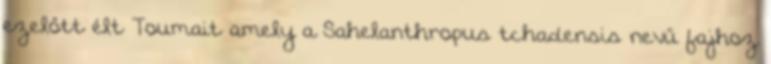
ezelőtt élt Toumait amely a Sahelanthropus tchadensis nevű fajhoz